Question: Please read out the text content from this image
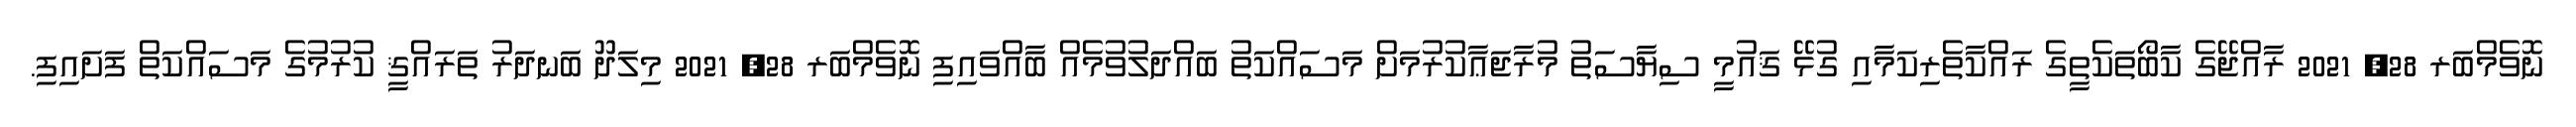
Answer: ނޮވެމްބަރ 28, 2021 ރާއްޖޭގެ ކާބޯތަކެތީގެ ރައްކާތެރިކަމާއި ގުޅޭ ޤައުމީ ސިޔާސަތު މުރާޖަޢާކުރުމަށް މަސައްކަތު ބައްދަލުވުމެއް ބާއްވައިފި ނޮވެމްބަރ 28, 2021 މިލަދޫ ބަނދަރު ތަރައްޤީ ކުރުމުގެ މަސައްކަތް ފަށައިފި.